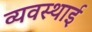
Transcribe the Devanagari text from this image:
व्यवस्थाई